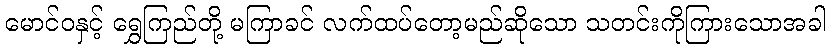
မောင်ဝနှင့် ရွှေကြည်တို့ မကြာခင် လက်ထပ်တော့မည်ဆိုသော သတင်းကိုကြားသောအခါ